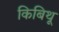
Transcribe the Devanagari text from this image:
किबिथू